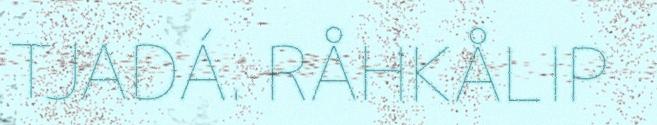
TJADÁ. RÅHKÅLIP